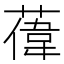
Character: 𫉔